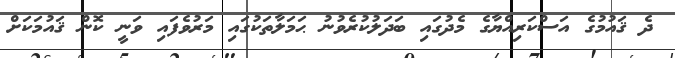
ދެ ޤައުމުގެ އަސްކަރިއްޔާގެ މެދުގައި ބަދަލުކުރެވުނު ޙަމަލާތަކުގައި މަރުވެފައި ވަނީ ކޮން ޤައުމަކަށް